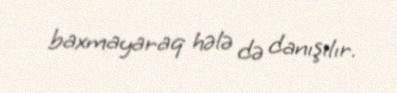
baxmayaraq hələ də danışılır.